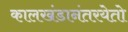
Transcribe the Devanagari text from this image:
कालखंडानंतरयेतो